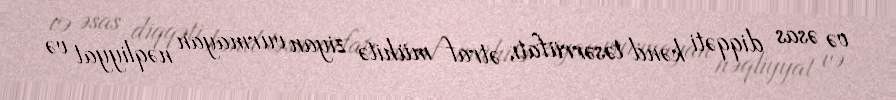
və əsas diqqəti kənd təsərrüfatı, ətraf mühitə ziyan vurmayan nəqliyyat və